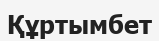
Құртымбет